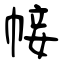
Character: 帹